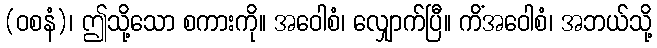
(ဝစနံ)၊ ဤသို့သော စကားကို။ အဝေါစံ၊ လျှောက်ပြီ။ ကိံအဝေါစံ၊ အဘယ်သို့